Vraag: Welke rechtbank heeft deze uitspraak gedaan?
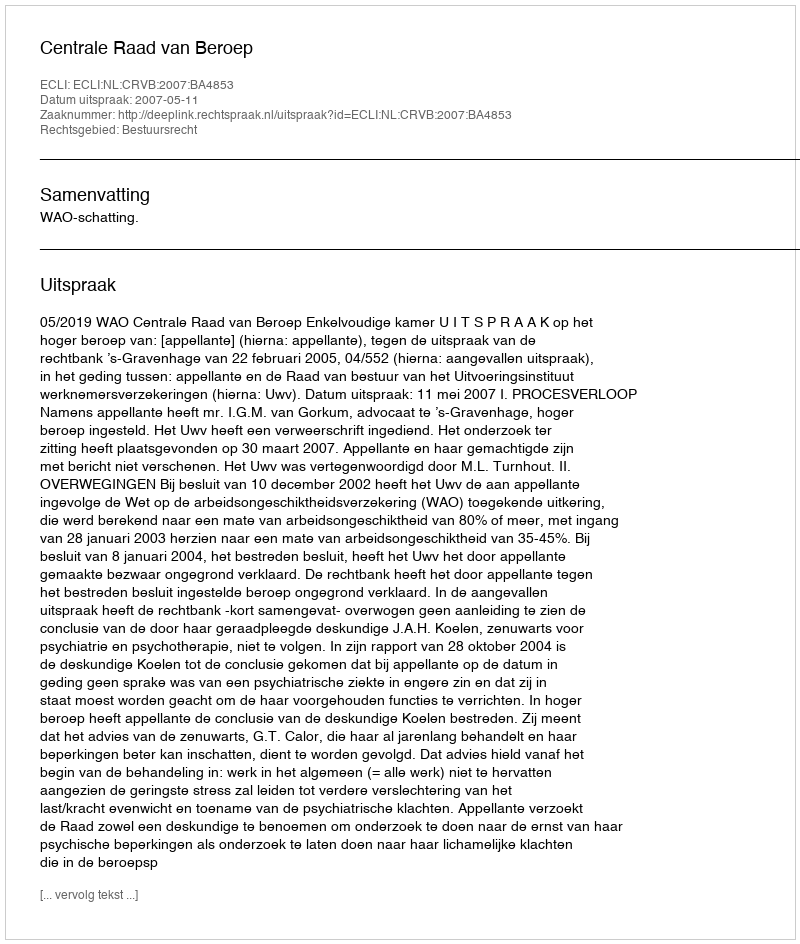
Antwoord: Centrale Raad van Beroep